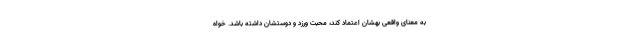
به معنای واقعی بهشان اعتماد کند، محبت ورزد و دوستشان داشته باشد. خواه